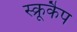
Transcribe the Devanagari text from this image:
स्क्रूकैप